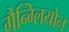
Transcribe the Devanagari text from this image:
गैन्ग्लियोन